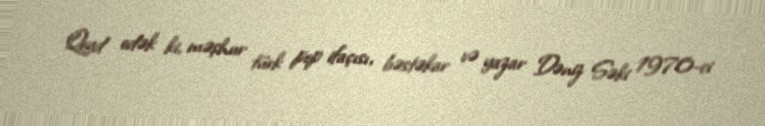
Qeyd edək ki, məşhur türk pop ifaçısı, bəstəkar və yazar Dəniz Səki 1970-ci